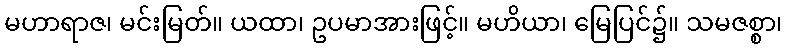
မဟာရာဇ၊ မင်းမြတ်။ ယထာ၊ ဥပမာအားဖြင့်။ မဟိယာ၊ မြေပြင်၌။ သမဇစ္စာ၊